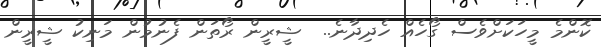
ކޮންމެ މީހަކަށްވެސް ގޯހެއް ހެދިދާނެ..  ޝީރީން ރޯތަން ފެނުމުން މަނިކު ޝީރީން